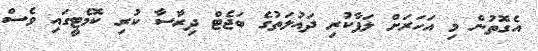
އެގޮތުން މި އަހަރަށް ލަފާކުރި ދައުލަތުގެ ބަޖެޓް ދިރާސާ ކުރި ކޮމެޓީގައި ވެސް